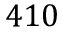
4 1 0